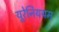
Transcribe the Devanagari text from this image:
यूरेनिययम